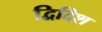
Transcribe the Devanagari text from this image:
द्विदिश